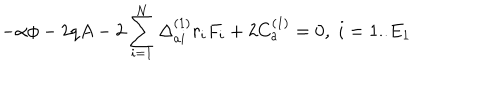
- \alpha \phi - 2 q A - 2 \sum _ { i = 1 } ^ { N } \Delta _ { a i } ^ { ( 1 ) } r _ { i } F _ { i } + 2 C _ { a } ^ { ( 1 ) } = 0 , \; i = 1 . . E _ { 1 }